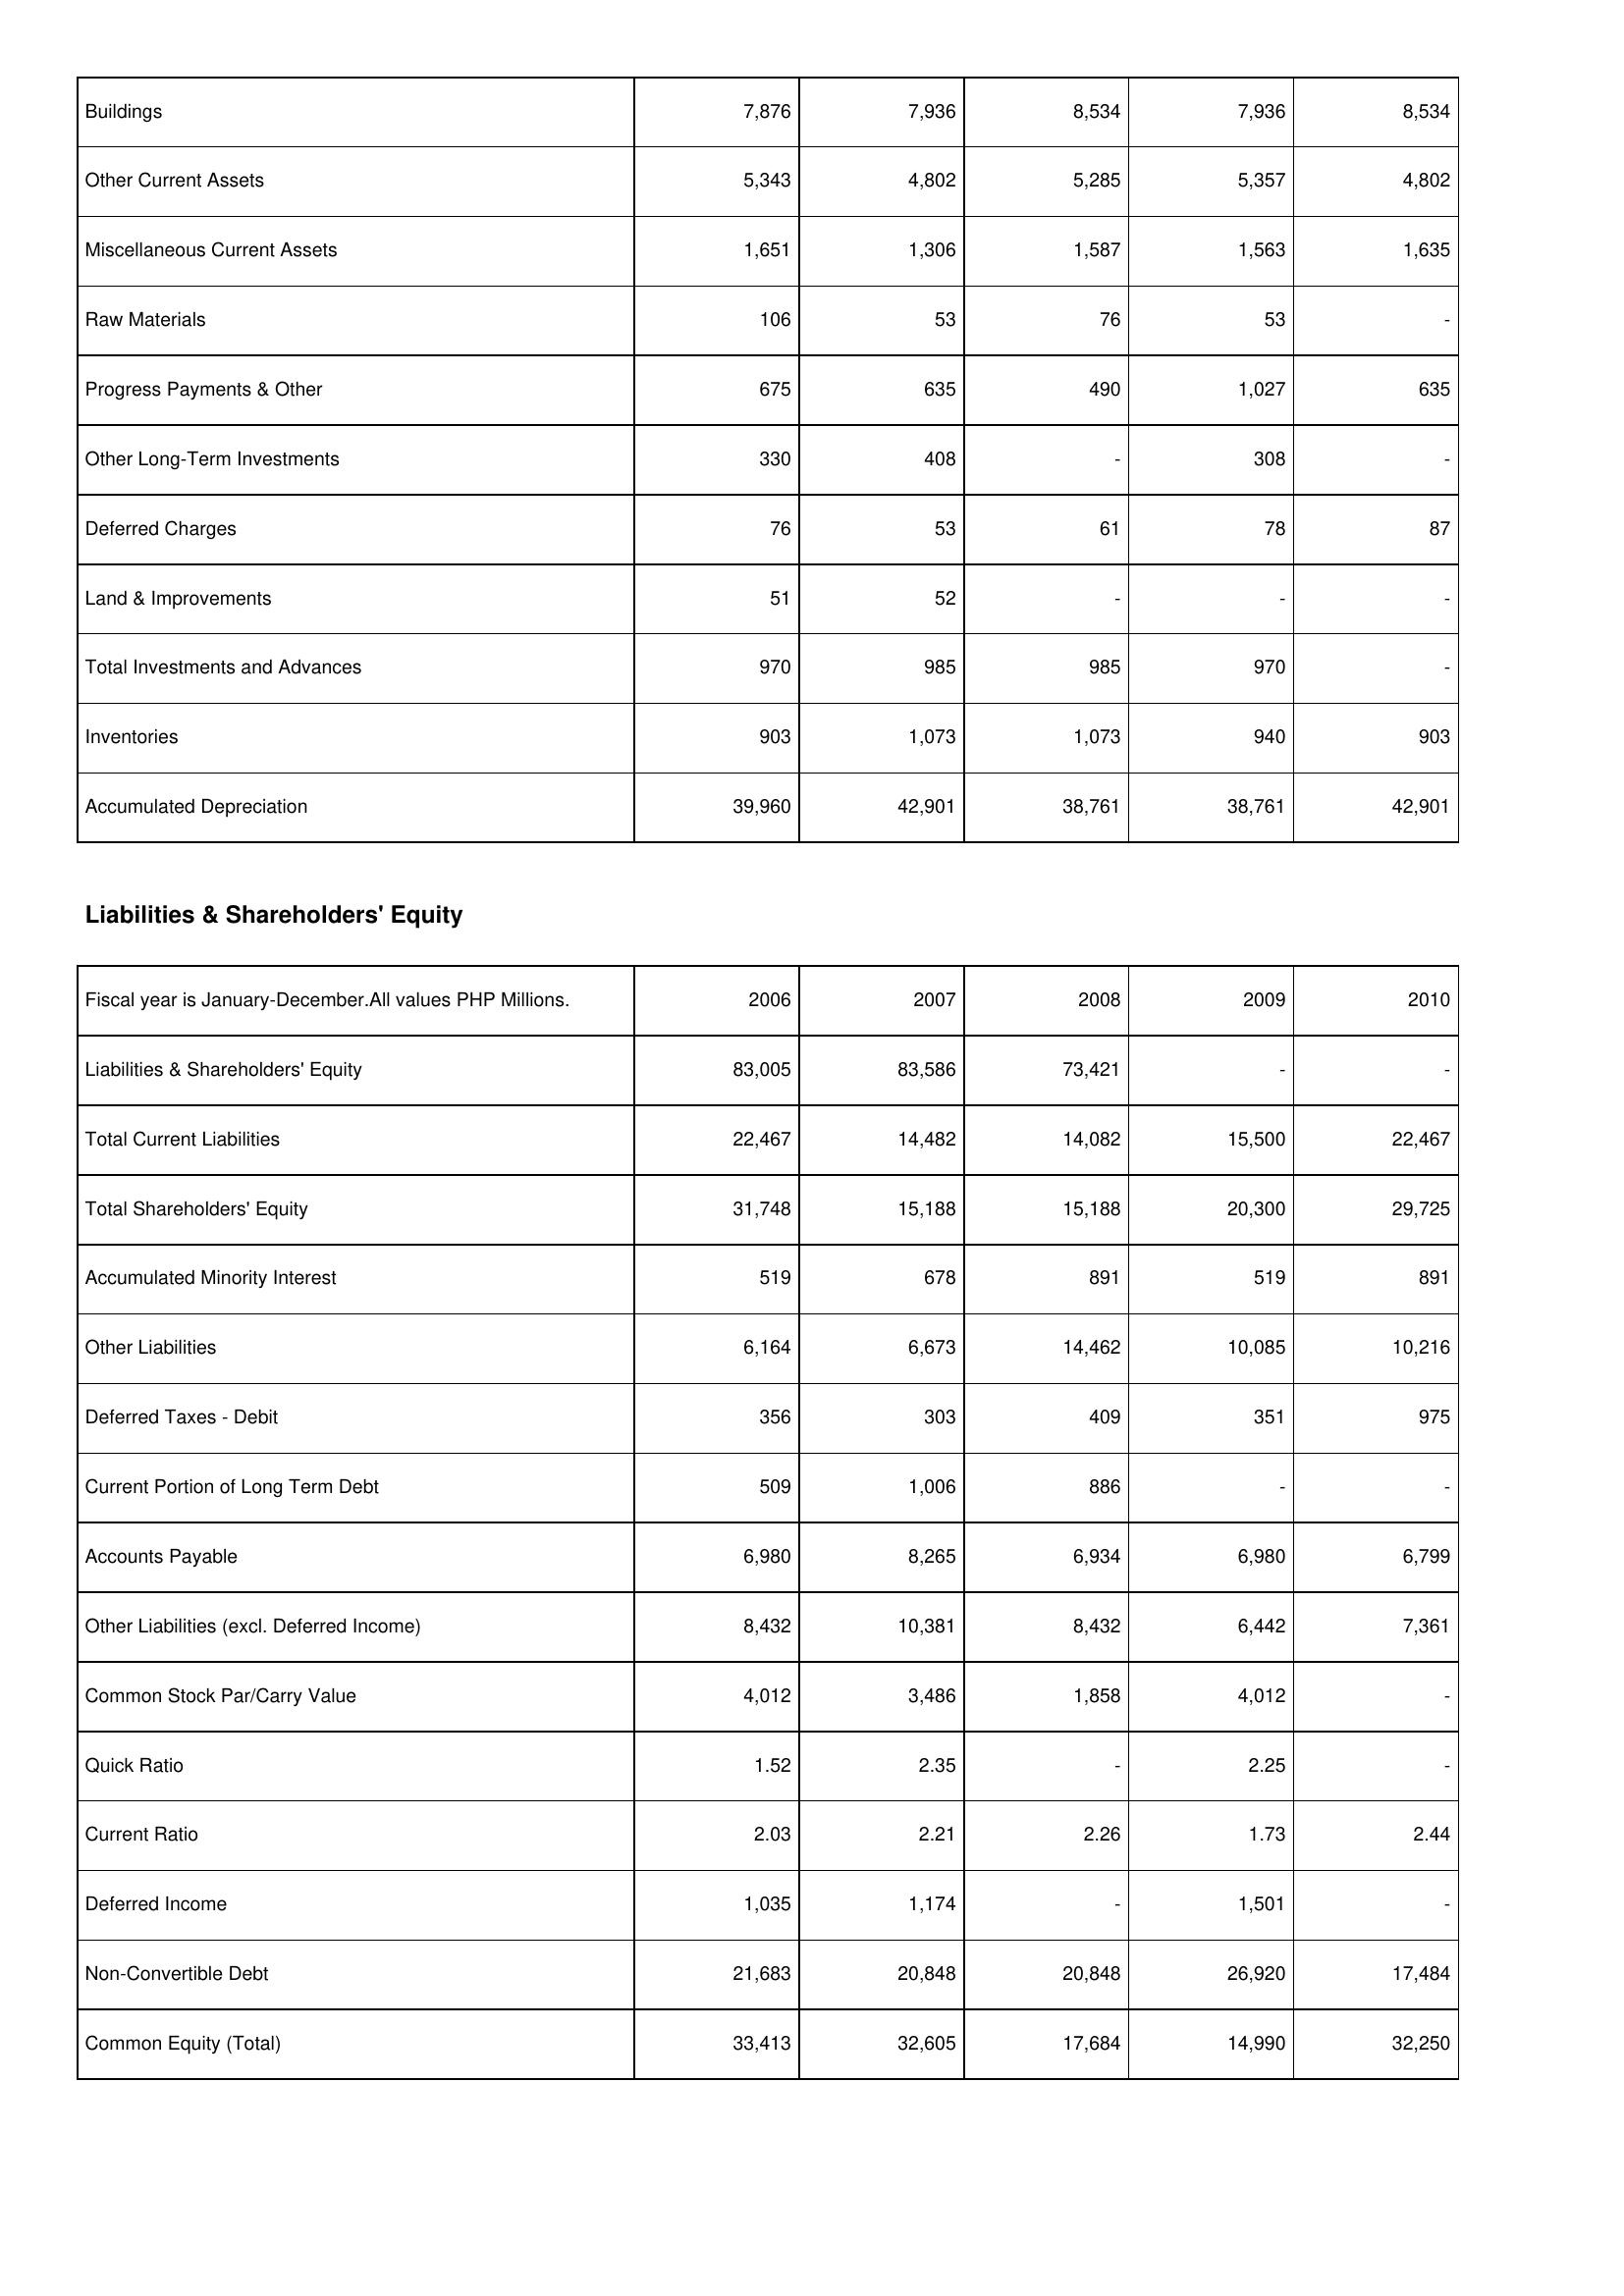
2006: Assets: Buildings: 7,876
Other Current Assets: 5,343
Miscellaneous Current Assets: 1,651
Raw Materials: 106
Progress Payments & Other: 675
Other Long-Term Investments: 330
Deferred Charges: 76
Land & Improvements: 51
Total Investments and Advances: 970
Inventories: 903
Accumulated Depreciation: 39,960
Liabilities & Shareholders' Equity: Liabilities & Shareholders' Equity: 83,005
Total Current Liabilities: 22,467
Total Shareholders' Equity: 31,748
Accumulated Minority Interest: 519
Other Liabilities: 6,164
Deferred Taxes - Debit: 356
Current Portion of Long Term Debt: 509
Accounts Payable: 6,980
Other Liabilities (excl. Deferred Income): 8,432
Common Stock Par/Carry Value: 4,012
Quick Ratio: 1.52
Current Ratio: 2.03
Deferred Income: 1,035
Non-Convertible Debt: 21,683
Common Equity (Total): 33,413
2007: Assets: Buildings: 7,936
Other Current Assets: 4,802
Miscellaneous Current Assets: 1,306
Raw Materials: 53
Progress Payments & Other: 635
Other Long-Term Investments: 408
Deferred Charges: 53
Land & Improvements: 52
Total Investments and Advances: 985
Inventories: 1,073
Accumulated Depreciation: 42,901
Liabilities & Shareholders' Equity: Liabilities & Shareholders' Equity: 83,586
Total Current Liabilities: 14,482
Total Shareholders' Equity: 15,188
Accumulated Minority Interest: 678
Other Liabilities: 6,673
Deferred Taxes - Debit: 303
Current Portion of Long Term Debt: 1,006
Accounts Payable: 8,265
Other Liabilities (excl. Deferred Income): 10,381
Common Stock Par/Carry Value: 3,486
Quick Ratio: 2.35
Current Ratio: 2.21
Deferred Income: 1,174
Non-Convertible Debt: 20,848
Common Equity (Total): 32,605
2008: Assets: Buildings: 8,534
Other Current Assets: 5,285
Miscellaneous Current Assets: 1,587
Raw Materials: 76
Progress Payments & Other: 490
Other Long-Term Investments: -
Deferred Charges: 61
Land & Improvements: -
Total Investments and Advances: 985
Inventories: 1,073
Accumulated Depreciation: 38,761
Liabilities & Shareholders' Equity: Liabilities & Shareholders' Equity: 73,421
Total Current Liabilities: 14,082
Total Shareholders' Equity: 15,188
Accumulated Minority Interest: 891
Other Liabilities: 14,462
Deferred Taxes - Debit: 409
Current Portion of Long Term Debt: 886
Accounts Payable: 6,934
Other Liabilities (excl. Deferred Income): 8,432
Common Stock Par/Carry Value: 1,858
Quick Ratio: -
Current Ratio: 2.26
Deferred Income: -
Non-Convertible Debt: 20,848
Common Equity (Total): 17,684
2009: Assets: Buildings: 7,936
Other Current Assets: 5,357
Miscellaneous Current Assets: 1,563
Raw Materials: 53
Progress Payments & Other: 1,027
Other Long-Term Investments: 308
Deferred Charges: 78
Land & Improvements: -
Total Investments and Advances: 970
Inventories: 940
Accumulated Depreciation: 38,761
Liabilities & Shareholders' Equity: Liabilities & Shareholders' Equity: -
Total Current Liabilities: 15,500
Total Shareholders' Equity: 20,300
Accumulated Minority Interest: 519
Other Liabilities: 10,085
Deferred Taxes - Debit: 351
Current Portion of Long Term Debt: -
Accounts Payable: 6,980
Other Liabilities (excl. Deferred Income): 6,442
Common Stock Par/Carry Value: 4,012
Quick Ratio: 2.25
Current Ratio: 1.73
Deferred Income: 1,501
Non-Convertible Debt: 26,920
Common Equity (Total): 14,990
2010: Assets: Buildings: 8,534
Other Current Assets: 4,802
Miscellaneous Current Assets: 1,635
Raw Materials: -
Progress Payments & Other: 635
Other Long-Term Investments: -
Deferred Charges: 87
Land & Improvements: -
Total Investments and Advances: -
Inventories: 903
Accumulated Depreciation: 42,901
Liabilities & Shareholders' Equity: Liabilities & Shareholders' Equity: -
Total Current Liabilities: 22,467
Total Shareholders' Equity: 29,725
Accumulated Minority Interest: 891
Other Liabilities: 10,216
Deferred Taxes - Debit: 975
Current Portion of Long Term Debt: -
Accounts Payable: 6,799
Other Liabilities (excl. Deferred Income): 7,361
Common Stock Par/Carry Value: -
Quick Ratio: -
Current Ratio: 2.44
Deferred Income: -
Non-Convertible Debt: 17,484
Common Equity (Total): 32,250